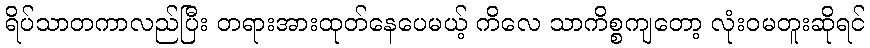
ရိပ်သာတကာလည်ပြီး တရားအားထုတ်နေပေမယ့် ကိလေ သာကိစ္စကျတော့ လုံးဝမတူးဆိုရင်